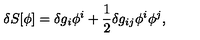
\delta S [ \phi ] = \delta g _ { i } \phi ^ { i } + \frac { 1 } { 2 } \delta g _ { i j } \phi ^ { i } \phi ^ { j } ,